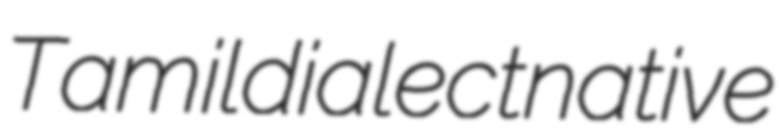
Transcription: Tamil dialect native